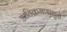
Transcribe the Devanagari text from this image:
अतिक्रमणामु़ळे